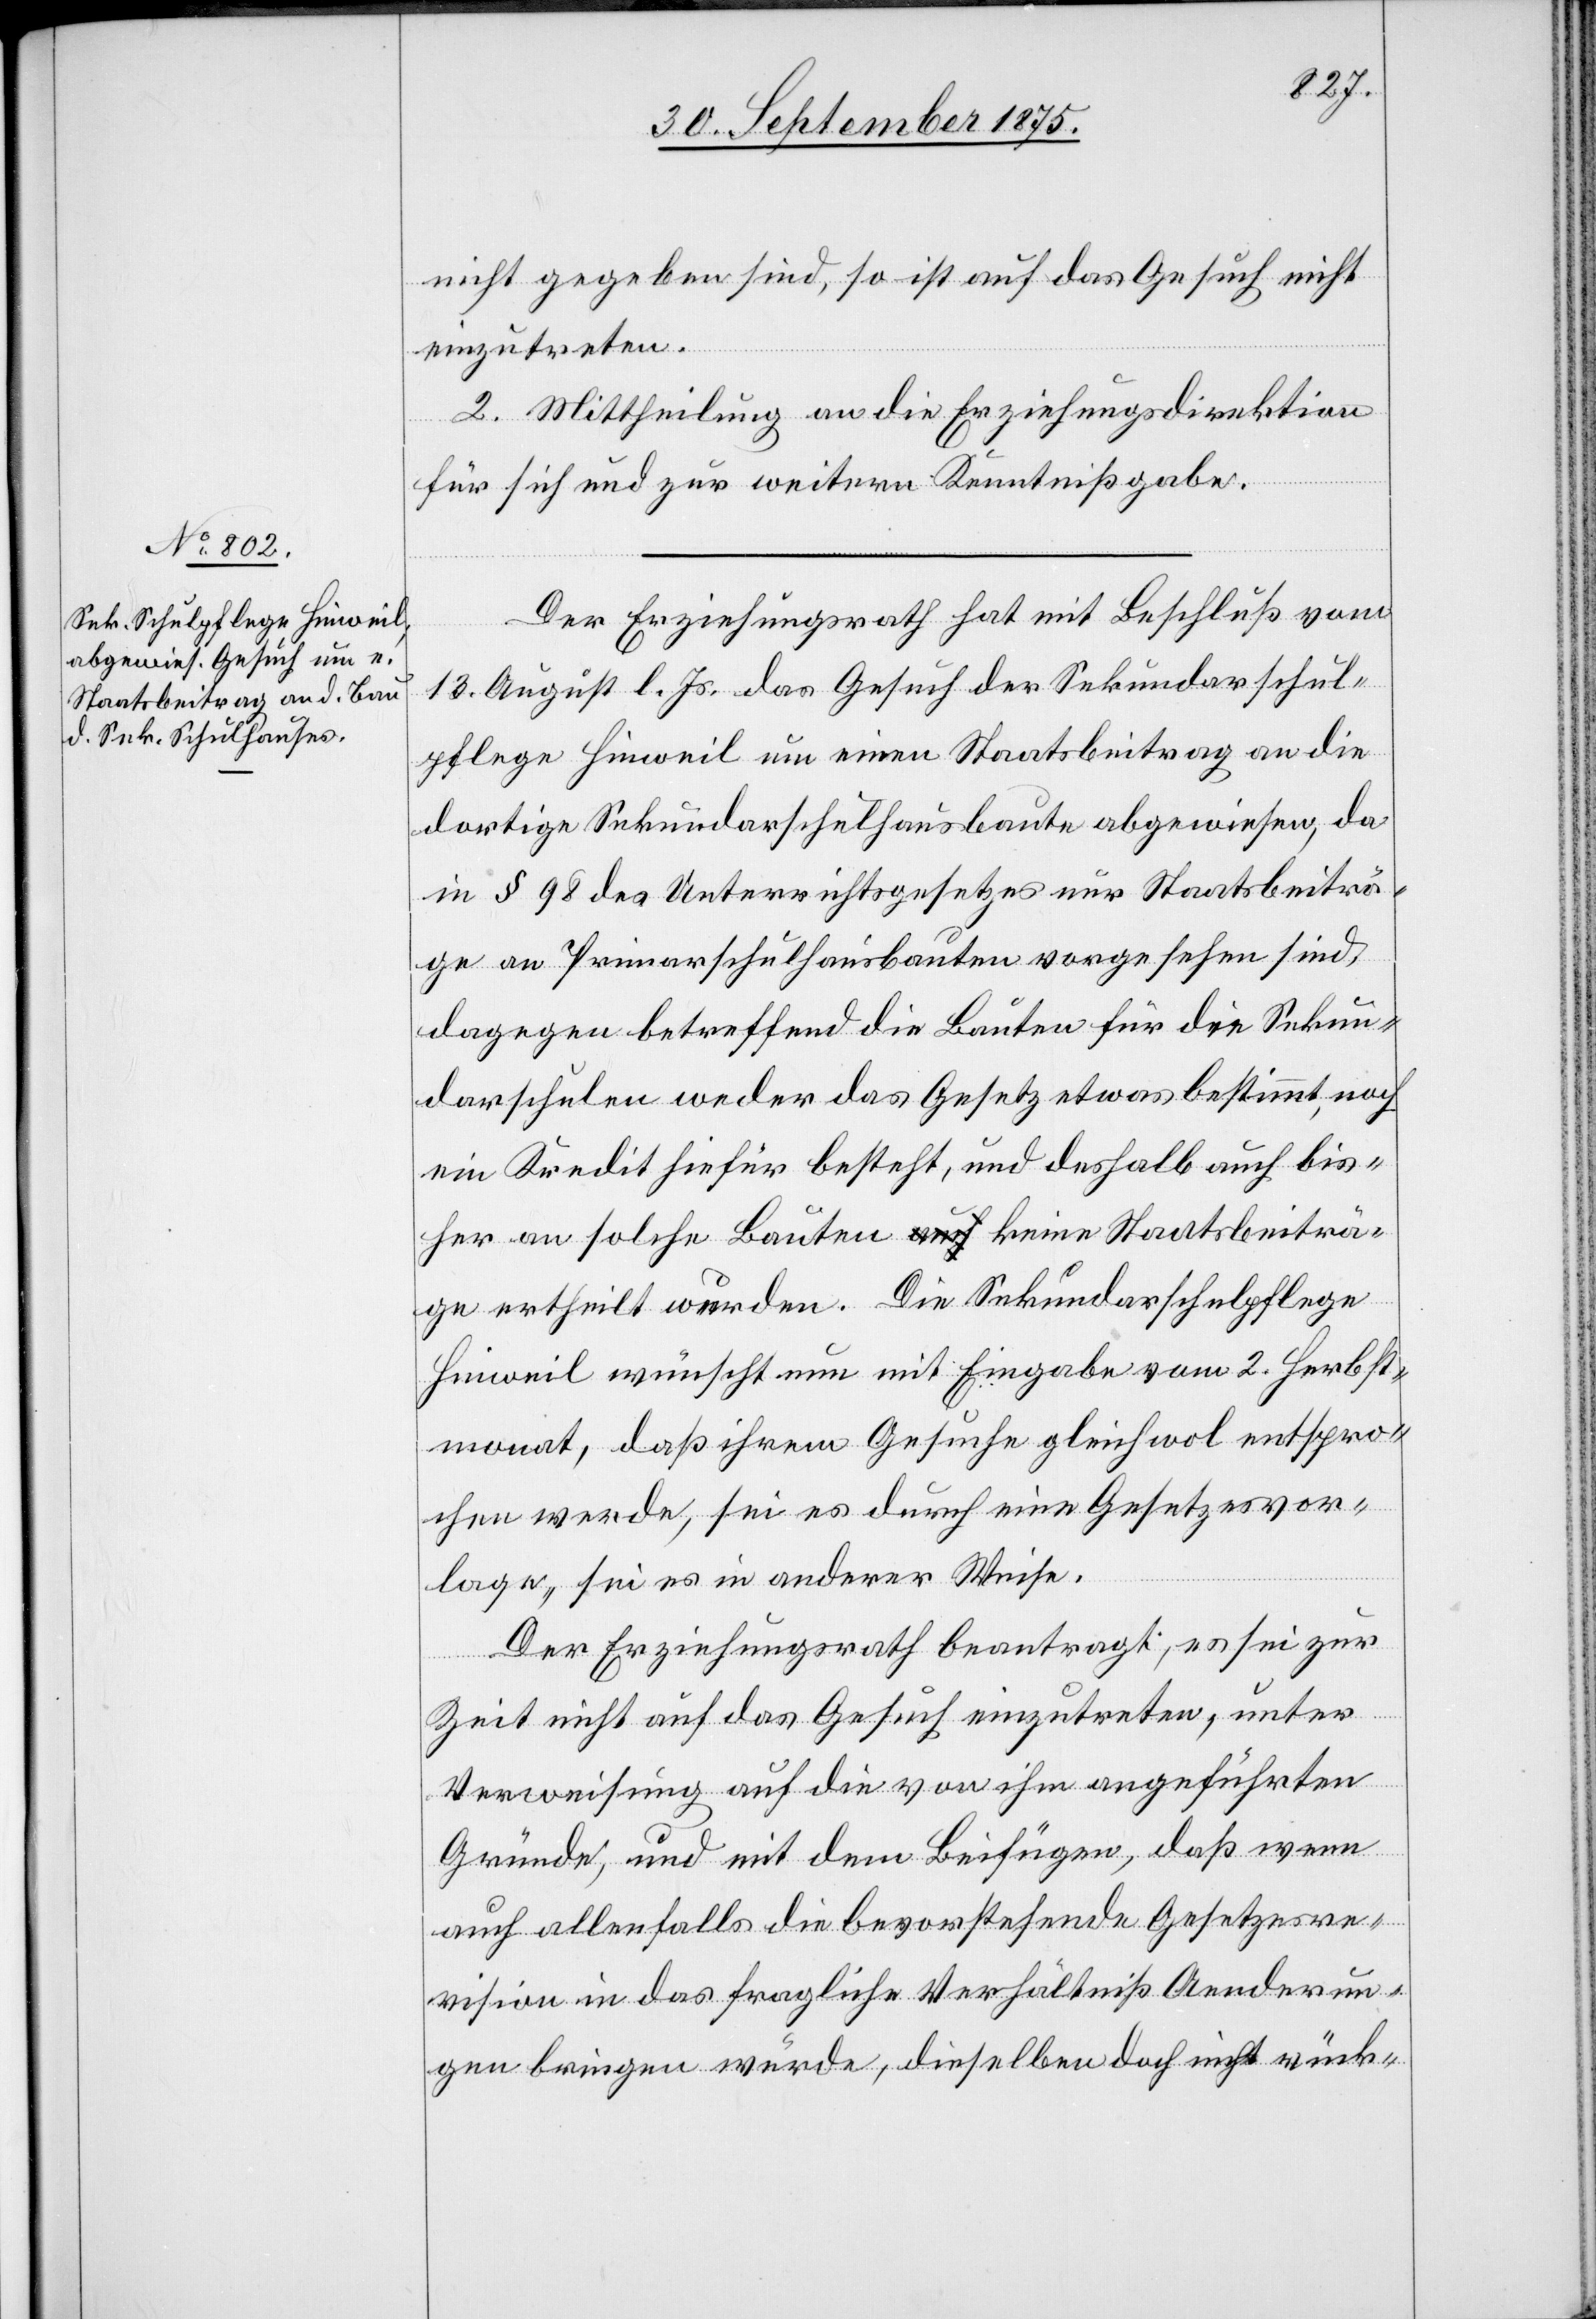
nicht gegeben sind, so ist auf das Gesuch nicht
einzutreten.
2. Mittheilung an die Erziehungsdirektion
für sich und zur weitern Kenntnißgabe.
Der Erziehungsrath hat mit Beschluß vom
13. August l. Js. das Gesuch der Sekundarschul¬
pflege Hinweil um einen Staatsbeitrag an die
dortige Sekundarschulhausbaute abgewiesen, da
in § 98 des Unterrichtsgesetzes nur Staatsbeiträ¬
ge an Primarschulhausbauten vorgesehen sind,
dagegen betreffend die Bauten für die Sekun¬
darschulen weder das Gesetz etwas bestimmt, noch
ein Kredit hiefür besteht, und deshalb auch bis¬
her an solche Bauten keine Staatsbeiträ¬
ge ertheilt wurden. Die Sekundarschulpflege
Hinweil wünscht nun mit Eingabe vom 2. Herbst¬
monat, daß ihrem Gesuche gleichwol entspro¬
chen werde, sei es durch eine Gesetzesvor¬
lage, sei es in anderer Weise.
Der Erziehungsrath beantragt, es sei zur
Zeit nicht auf das Gesuch einzutreten, unter
Verweisung auf die von ihm angeführten
Gründe, und mit dem Beifügen, daß wenn
auch allenfalls die bevorstehende Gesetzesre¬
vision in das fragliche Verhältniß Aenderun¬
gen bringen würde, dieselben doch nicht rück-